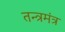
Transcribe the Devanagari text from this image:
तन्त्रमंत्र